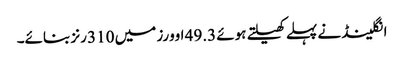
انگلینڈ نے پہلے کھیلتے ہوئے 49.3 اوورز میں 310 رنز بنائے۔